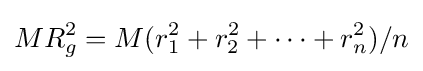
MR_{g}^{2}=M(r_{1}^{2}+r_{2}^{2}+\cdots +r_{n}^{2})/n